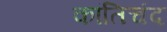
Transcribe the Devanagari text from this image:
कांतिचंद